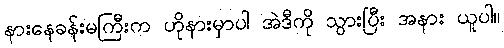
နားနေခန်းမကြီးက ဟိုနားမှာပါ အဲဒီကို သွားပြီး အနား ယူပါ။